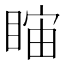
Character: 𥇻